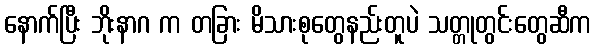
နောက်ပြီး ဘိုးနာဂ က တခြား မိသားစုတွေနည်းတူပဲ သတ္တုတွင်းတွေဆီက